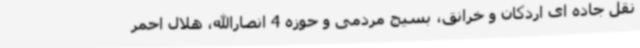
نقل جاده ای اردکان و خرانق، بسیج مردمی و حوزه 4 انصارالله، هلال احمر